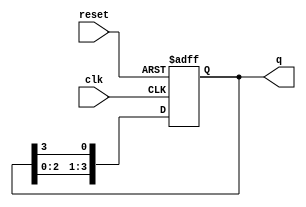
module bistable_ring_counter #(
    parameter N = 4  // Number of flip-flops in the ring counter
) (
    input wire clk,      // Clock input
    input wire reset,    // Asynchronous reset
    output reg [N-1:0] q // Output state of the counter
);

// Initial state declaration
initial begin
    q = 1'b1; // Set initial state (e.g., 1000 for N=4)
end

// Always block for synchronous operation with an asynchronous reset
always @(posedge clk or posedge reset) begin
    if (reset) begin
        q <= 1'b1; // Reset to initial state
    end else begin
        // Shift the '1' bit to the right
        q <= {q[N-2:0], q[N-1]}; // Rotate right
    end
end

endmodule